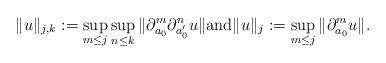
LaTeX: \begin{align*}\| u \|_{j,k} : = \sup_{m \leq j} \sup_{n \leq k} \| \partial_{a_0}^m \partial_{a_0^{\prime}}^n u \| \textrm{and} \|u \|_j : = \sup_{m \leq j} \| \partial_{a_0}^m u \|.\end{align*}